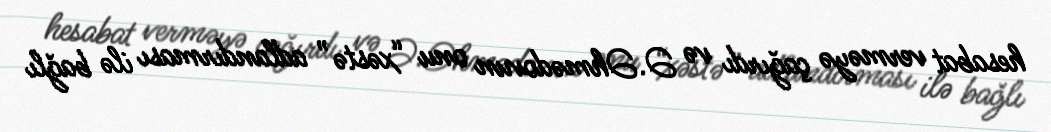
hesabat verməyə çağırdı və Ə.Əhmədovun onu “xəstə” adlandırması ilə bağlı